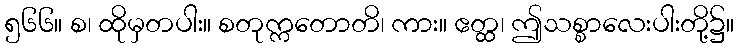
၅၆၆။ စ၊ ထိုမှတပါး။ စတုက္ကတောတိ၊ ကား။ ဧတ္ထ၊ ဤသစ္စာလေးပါးတို့၌။